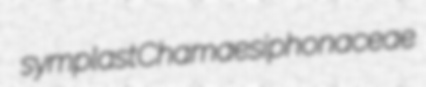
symplast Chamaesiphonaceae